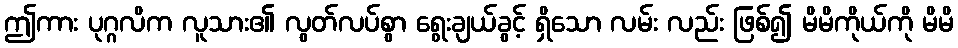
ဤကား ပုဂ္ဂလိက လူသား၏ လွတ်လပ်စွာ ရွေးချယ်ခွင့် ရှိသော လမ်း လည်း ဖြစ်၍ မိမိကိုယ်ကို မိမိ